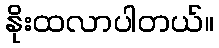
နိုးထလာပါတယ်။